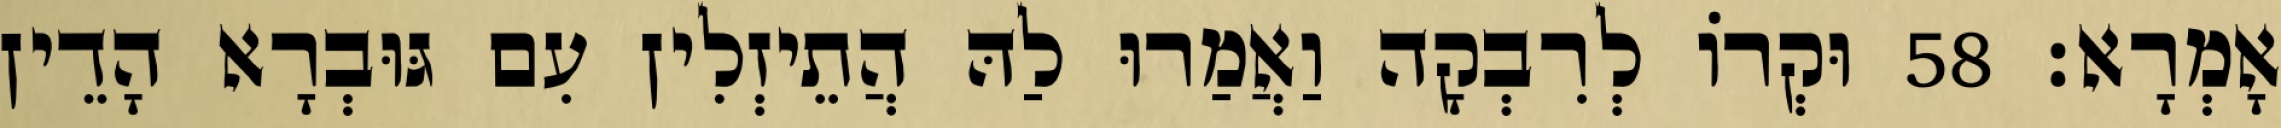
אָמְרָא׃ 58 וּקְרוֹ לְרִבְקָה וַאֲמַרוּ לַהּ הֲתֵיזְלִין עִם גּוּבְרָא הָדֵין